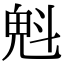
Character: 𣁽